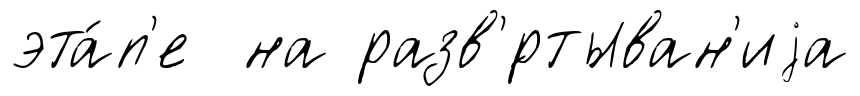
эта́п'е на разв'́ртыван'иjа